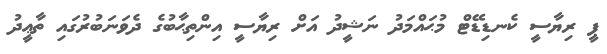
ޕީ ރިޔާސީ ކެނޑިޑޭޓް މުޙައްމަދު ނަޝީދު އަށް ރިޔާސީ އިންތިޙާބުގެ ދެވަނަބުރުގައި ތާޢީދު